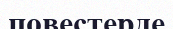
повестерде